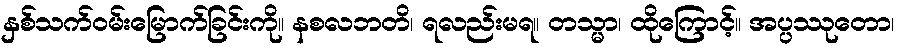
နှစ်သက်ဝမ်းမြောက်ခြင်းကို။ နစလဘတိ၊ ရလည်းမရ။ တသ္မာ၊ ထိုကြောင့်။ အပ္ပဿုတော၊